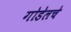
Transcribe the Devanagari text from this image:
गोडेलचे